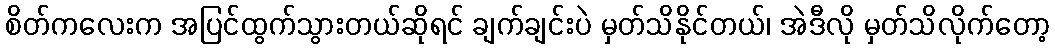
စိတ်ကလေးက အပြင်ထွက်သွားတယ်ဆိုရင် ချက်ချင်းပဲ မှတ်သိနိုင်တယ်၊ အဲဒီလို မှတ်သိလိုက်တော့